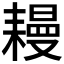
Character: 𦔔